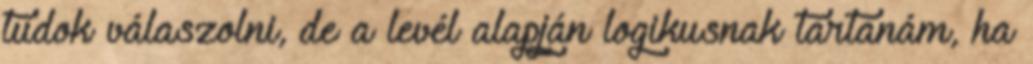
tudok válaszolni, de a levél alapján logikusnak tartanám, ha